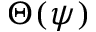
\Theta ( \psi )